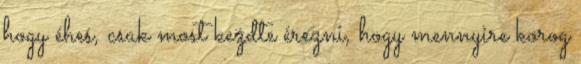
hogy éhes, csak most kezdte érezni, hogy mennyire korog